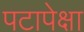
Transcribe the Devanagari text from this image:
पटापेक्षा